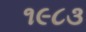
૧૯૮૩